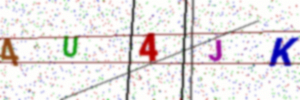
Text: 4U4JK